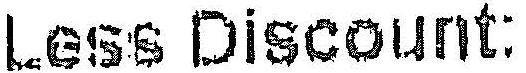
LESS DISCOUNT: